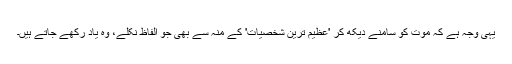
یہی وجہ ہے کہ موت کو سامنے دیکھ کر 'عظیم ترین شخصیات' کے منہ سے بھی جو الفاظ نکلے، وہ یاد رکھے جاتے ہیں۔